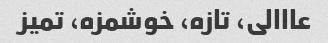
عااالی، تازه، خوشمزه، تمیز